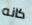
كانه